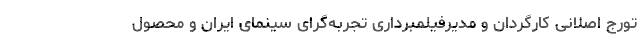
تورج اصلانی کارگردان و مدیرفیلمبرداری تجربه‌گرای سینمای ایران و محصول